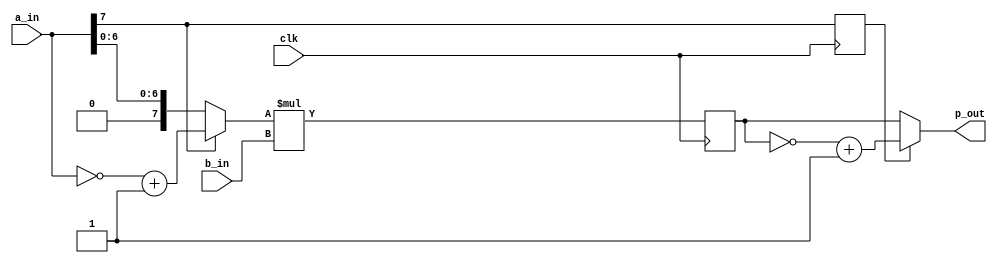
module smult (
        clk, a_in, b_in, p_out             
        ) ;
parameter               AWID = 8 ;
parameter               BWID = 5 ;
parameter               PWID = AWID + BWID ;
input                   clk ;
input   [AWID -1:0]     a_in ;
input   [BWID -1:0]     b_in ;
output  [PWID -1:0]     p_out ;
wire    [AWID -1:0]     a_tmp ;
wire                    a_sgn ;
reg                     a_sgn_pipe ;
reg     [PWID -1:0]     p_tmp ;
wire    [PWID -1:0]     p_tmp2 ;
assign p_out = p_tmp2 ;
assign a_tmp = a_sgn ? ~a_in +1 : a_in ;
assign a_sgn = a_in [AWID -1] ;
always @ (posedge clk)
  p_tmp <= a_tmp * b_in ;
always @ (posedge clk)
  a_sgn_pipe <= a_sgn ;
assign p_tmp2 = a_sgn_pipe ? ~p_tmp +1 : p_tmp ;
endmodule